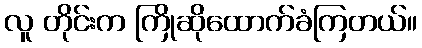
လူ တိုင်းက ကြိုဆိုထောက်ခံကြတယ်။